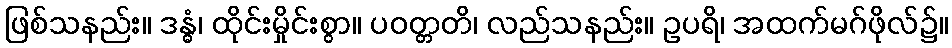
ဖြစ်သနည်း။ ဒန္ဓံ၊ ထိုင်းမှိုင်းစွာ။ ပဝတ္တတိ၊ လည်သနည်း။ ဥပရိ၊ အထက်မဂ်ဖိုလ်၌။